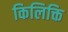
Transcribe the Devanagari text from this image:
किलिक्ति